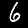
Digit: 6